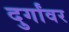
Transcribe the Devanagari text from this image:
दुर्गांवर